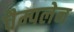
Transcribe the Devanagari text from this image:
चैम्पलेन